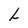
Character: L